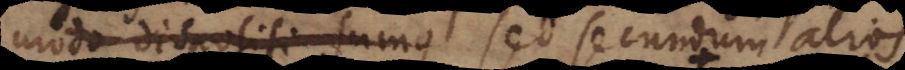
modo dispositi sumus sed secundum alios